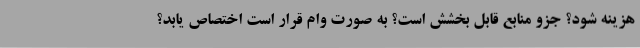
هزینه شود؟ جزو منابع قابل بخشش است؟ به صورت وام قرار است اختصاص یابد؟